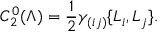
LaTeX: C _ { 2 } ^ { 0 } ( \Lambda ) = \frac { 1 } { 2 } \gamma _ { ( i j ) } \{ L _ { i } , L _ { j } \} .